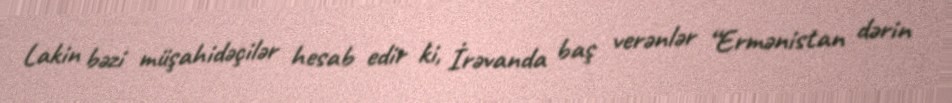
Lakin bəzi müşahidəçilər hesab edir ki, İrəvanda baş verənlər “Ermənistan dərin